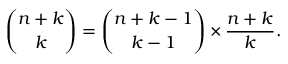
{ \binom { n + k } { k } } = { \binom { n + k - 1 } { k - 1 } } \times { \frac { n + k } { k } } .